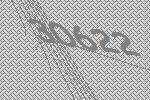
30622